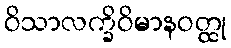
ဝိသာလက္ခိဝိမာနဝတ္ထု